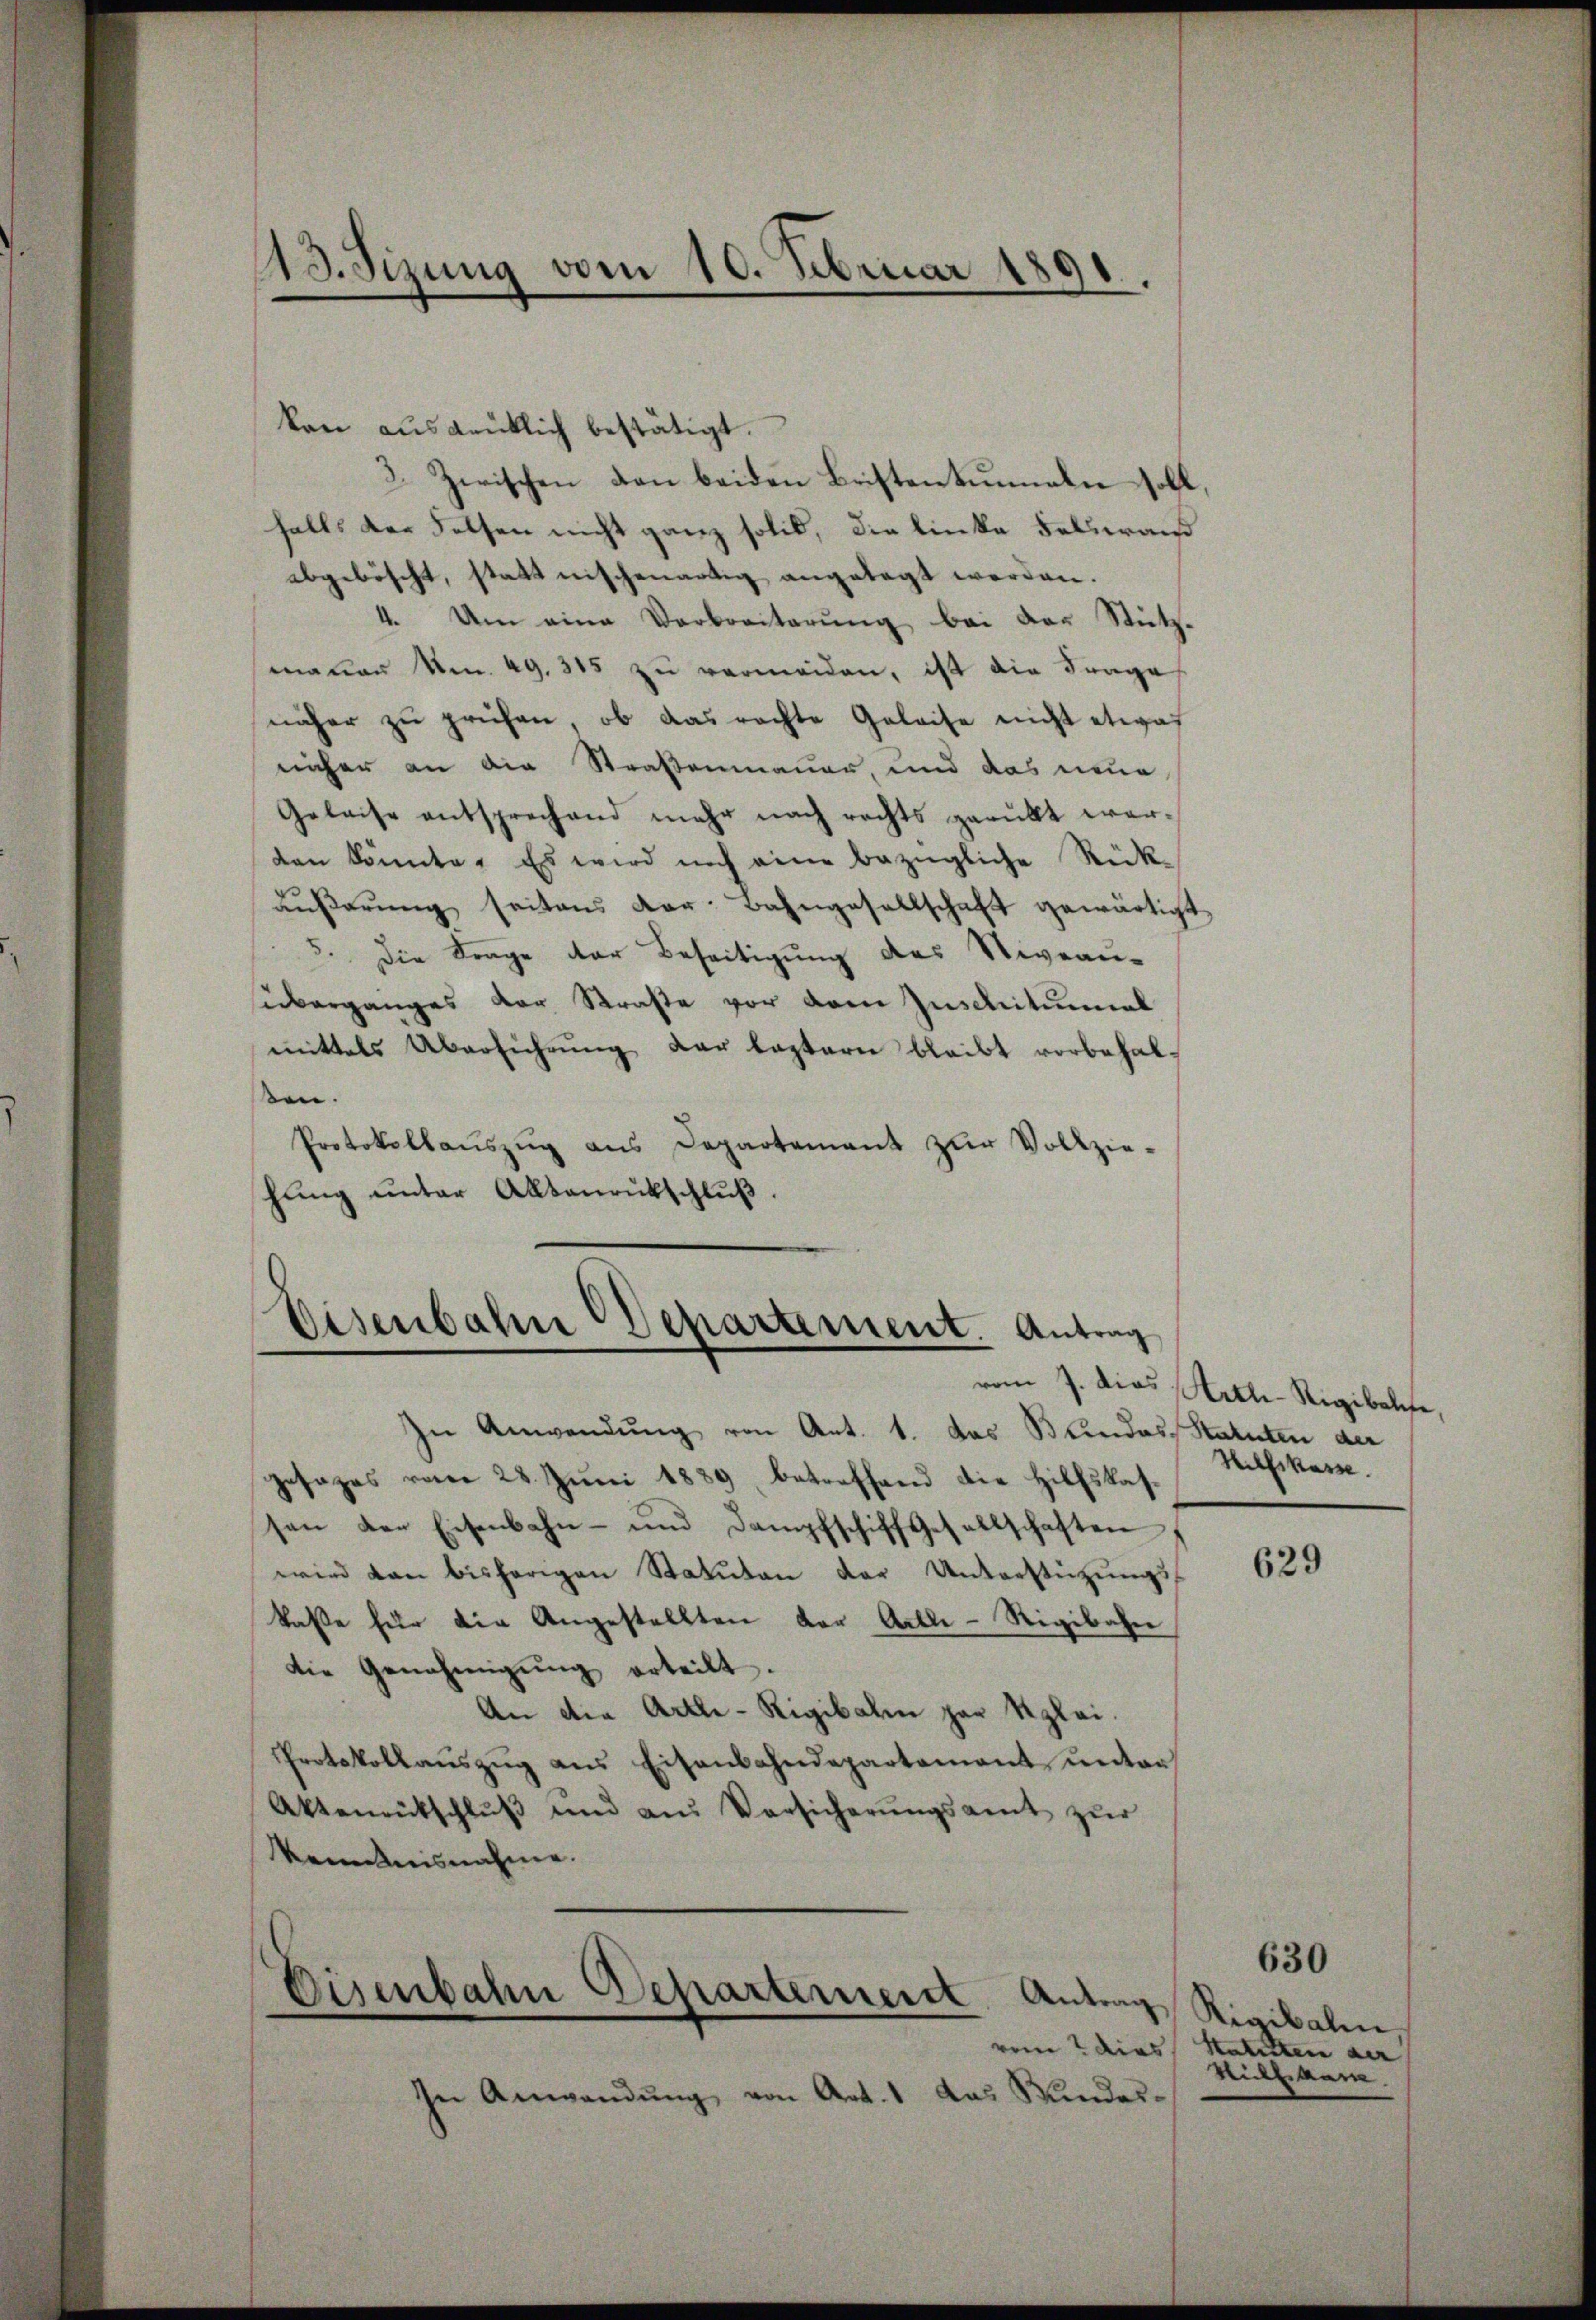
113. Sizung vom 10. Februar 1891.

kan ausdrüklich bestätigt.
3. Zwischen den beiden Bristentummeln soll,
falls der Felsen nicht ganz solch, die linke Felswand
abgeböscht, statt nischenartig angelegt werden.
4. Um eine Verbreiterung bei das Stützmanen Nr. 49. 315 zu vermeiden, ist die Frage
näher zu prüfen, ob das rechte Geleise nicht etwas
nher an die Straßenmauer, und das neue,
Geleise entsprechend mehr nach rechts gerübt werden könnte. Es wird noch eine bezügliche Rückäŭβerŭng seitens der Bahngesellschaft gewärtigt
5. Die Frage der Beseitigung des Niveau-
überganges der Straße vor dem Inschitual
mittels Überführŭng der leztern bleibt vorbehal-
sen.
Protokollaŭszŭg ans Departement zŭr Vollzie-
hŭng ŭnter Aktenrütschlŭβ.

Eisenbahn Departement. Antrag

In Anwendŭng von Ant. 1. das Blindes Statuten der
gesages vom 28. Juni 1889 betreffend die Hilfskassen der Eisenbahn- und Dampfschiff Gesellschaften
wird dan bisherigen Statuten der Unterstüzungskaße für die Angestellten der Actli-Rigibahn
Die Genehmigŭng erteilt.
An die Artle-Rigibalen par Klei¬
Protokollauszug aus Eisenbahndepartament unter¬
Aktenrütschlŭβ ŭnd aus Versicherŭngsamt zŭr
kenntnisnahme.

Eisenbahn Departereit Antrag Rigibalen

vom 7. dies Helle Rigibale,
Hilfskasse.

In Anwendŭng von Art. 1 das Kundes¬

629

630

vom 2 dies Statirten der
Rickham